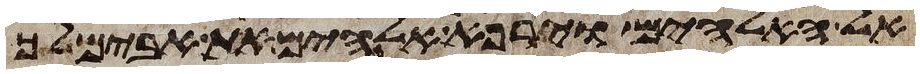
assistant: אל האלהים וירפא אלהים את אבימלך